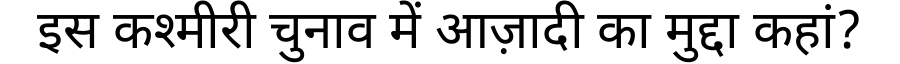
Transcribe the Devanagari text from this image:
इस कश्मीरी चुनाव में आज़ादी का मुद्दा कहां?